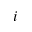
i